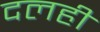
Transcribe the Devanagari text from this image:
दलही